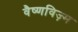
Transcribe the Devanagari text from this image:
वैष्णविज़्म